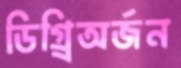
ডিগ্র্রিঅর্জন